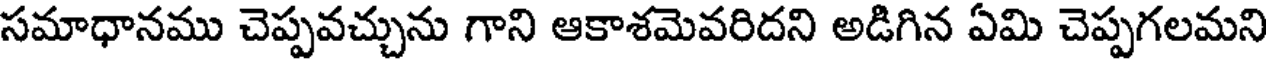
సమాధానము చెప్పవచ్చును గాని ఆకాశమెవరిదని అడిగిన ఏమి చెప్పగలమని